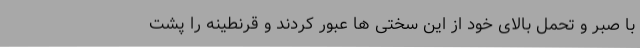
با صبر و تحمل بالای خود از این سختی ها عبور کردند و قرنطینه را پشت